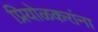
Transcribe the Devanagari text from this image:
प्रियोळकरांना